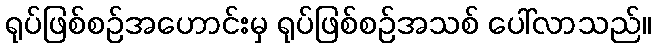
ရုပ်ဖြစ်စဉ်အဟောင်းမှ ရုပ်ဖြစ်စဉ်အသစ် ပေါ်လာသည်။